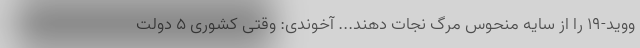
ووید-۱۹ را از سایه منحوس مرگ نجات دهند... آخوندی: وقتی کشوری 5 دولت